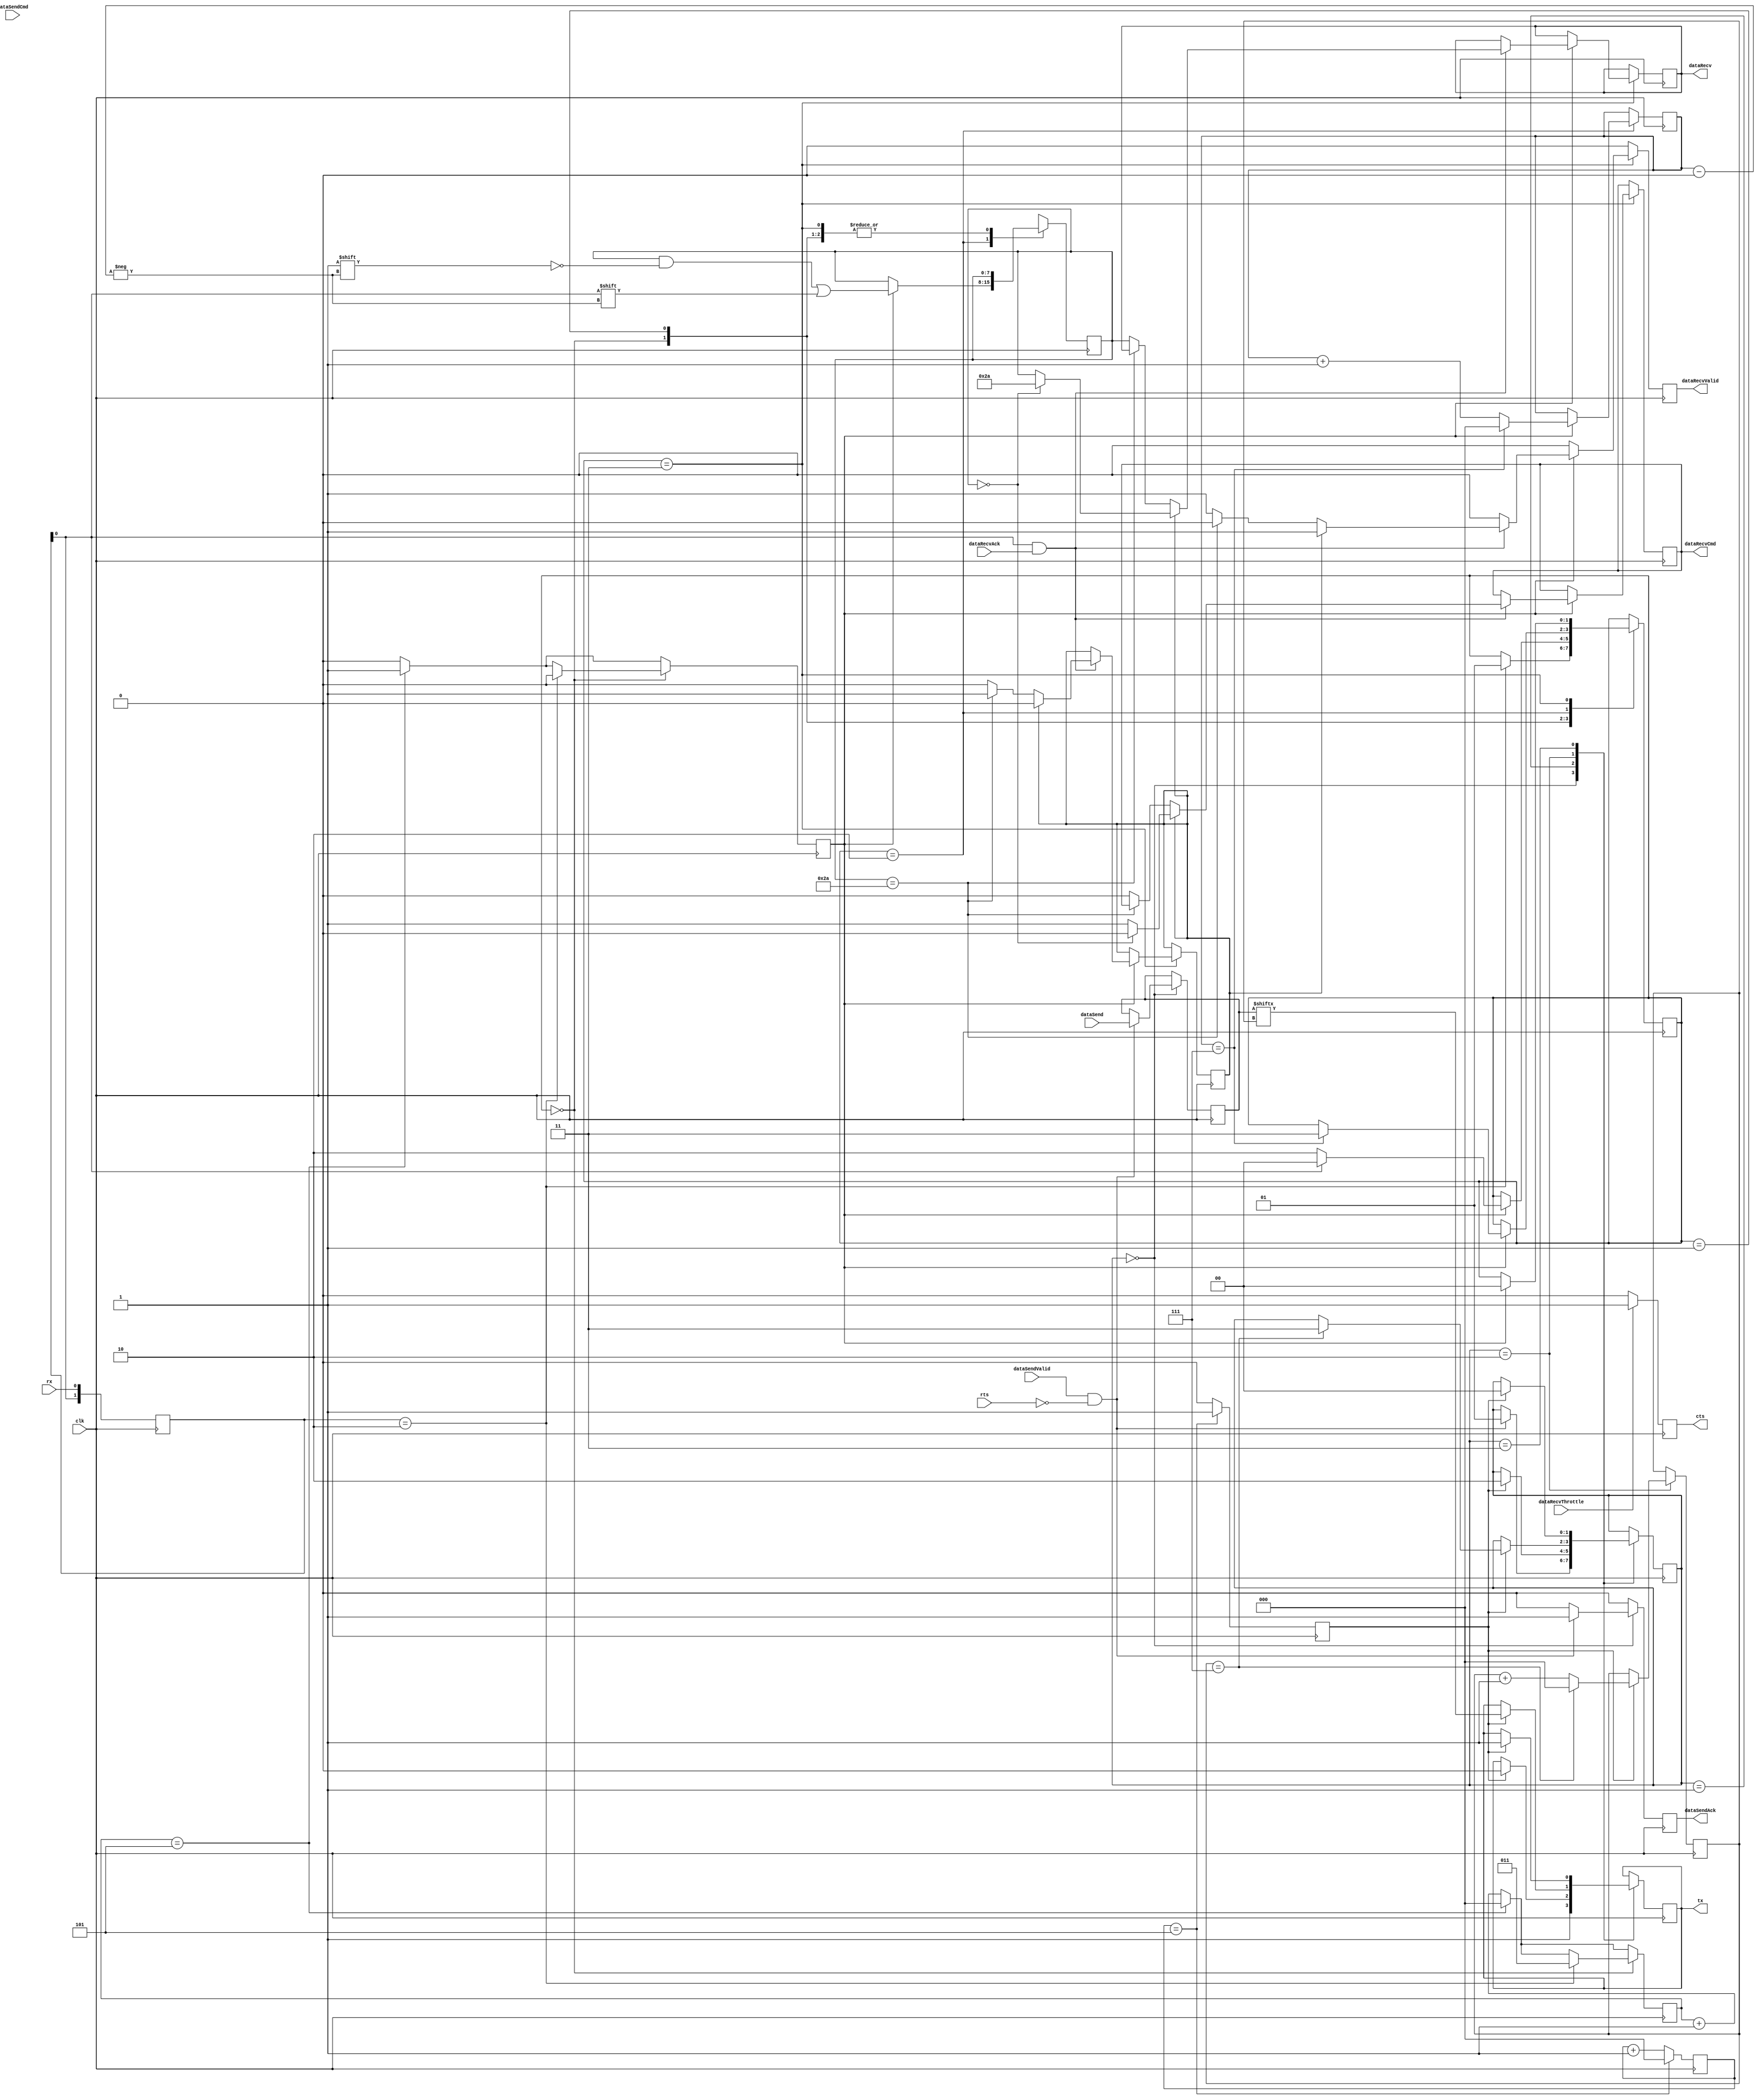
/*
	RealTimeLight
	Copyright (C) 2019  Christian Carlowitz <chca@cmesh.de>

	This program is free software: you can redistribute it and/or modify
	it under the terms of the GNU General Public License as published by
	the Free Software Foundation, either version 3 of the License, or
	(at your option) any later version.

	This program is distributed in the hope that it will be useful,
	but WITHOUT ANY WARRANTY; without even the implied warranty of
	MERCHANTABILITY or FITNESS FOR A PARTICULAR PURPOSE.  See the
	GNU General Public License for more details.

	You should have received a copy of the GNU General Public License
	along with this program.  If not, see <http://www.gnu.org/licenses/>.
*/

module Uart #(
	parameter div = 12 // 2 MBaud @ 12 MHz; CHECK: rxDiv/txDiv width!!!
)(
	input clk,
	
	input rx,
	output reg cts = 0,
	
	output reg tx = 1,
	input rts,
	
	input [7:0] dataSend,
	input dataSendCmd,
	input dataSendValid,
	output reg dataSendAck = 1,
	
	output reg [7:0] dataRecv = 0,
	output reg dataRecvCmd = 0,
	output reg dataRecvValid = 0,
	input dataRecvAck,
	input dataRecvThrottle
);

	localparam S_Idle = 0;
	localparam S_Start = 1;
	localparam S_Data = 2;
	localparam S_Stop = 3;
	
	//*** receiver ***
	
	reg [1:0] rxBuf = 2'b11;
	reg [7:0] rxData = 0;
	reg [2:0] rxBitCnt = 0;
	reg [2:0] rxDiv = 0;
	reg [1:0] rxState = S_Idle;
	reg rxNext = 0;
	reg rxCmd = 0;
	
	reg dataRecvAckLast = 0;
	
	always @(posedge clk)
	begin
		// clear signals
		dataRecvValid <= 0;
		
		// sample input signal
		rxBuf <= {rxBuf[0],rx};
		
		// clock divider
		if(rxDiv == (div/2-1)) begin
			rxDiv <= 0;
			rxNext <= 1;
		end else begin
			rxDiv <= rxDiv + 1;
			rxNext <= 0;
		end
		
		if(dataRecvThrottle) begin
			cts <= 1;
		end else begin
			cts <= 0;
		end

		// state machine
		dataRecvAckLast <= dataRecvAck;
		case(rxState)
			S_Idle: begin
				//if(rxNext && dataRecvAckLast) begin
				//	cts <= 0;
				//end
				if(rxBuf == 2'b10) begin
					rxDiv <= div/4;
					rxNext <= 0;
					rxState <= S_Start;
				end
			end
			
			S_Start: begin
				if(rxNext) begin
					rxState <= rxBuf[0] ? S_Idle : S_Data;
				end
			end
			
			S_Data: begin
				if(rxNext) begin
					rxData[rxBitCnt] <= rxBuf[0];
					if(rxBitCnt == 7) begin
						rxBitCnt <= 0;
						rxState <= S_Stop;
					end else begin
						rxBitCnt <= rxBitCnt + 1;
					end
				end
			end
			
			S_Stop: begin
				if(rxNext) begin
					if((rxBuf[0] == 1) && dataRecvAck) begin
						if(rxCmd) begin
							if(rxData == 8'h00) begin
								dataRecv <= 8'h2a;
								dataRecvValid <= 1;
								dataRecvCmd <= 0;
							end else begin
								dataRecv <= rxData;
								dataRecvValid <= 1;
								dataRecvCmd <= 1;
							end
							rxCmd <= 0;
						end else begin
							if(rxData == 8'h2a) begin
								rxCmd <= 1;
							end else begin
								dataRecv <= rxData;
								dataRecvValid <= 1;
								dataRecvCmd <= 0;
							end					
						end
						//cts <= 1;
					end
					rxState <= S_Idle;
				end
			end
		endcase
	end
	
	//*** transmitter ***
	
	reg [7:0] txData = 0;
	reg [2:0] txBitCnt = 0;
	reg [2:0] txDiv = 0;
	reg [1:0] txState = S_Idle;
	reg txNext = 0;
	
	always @(posedge clk)
	begin
		// clear signals
		dataSendAck <= 0;
		
		// clock divider
		if(txDiv == (div/2-1)) begin
			txDiv <= 0;
			txNext <= 1;
		end else begin
			txDiv <= txDiv + 1;
			txNext <= 0;
		end
		
		// state machine
		case(txState)
			S_Idle: begin
				tx <= 1;
				if(dataSendValid && !rts) begin
					txState <= S_Start;
					txData <= dataSend;
					dataSendAck <= 1;
				end
			end
			
			S_Start: begin
				if(txNext) begin
					tx <= 0;
					txState <= S_Data;
				end
			end
			
			S_Data: begin
				if(txNext) begin
					tx <= txData[txBitCnt];
					if(txBitCnt == 7) begin
						txBitCnt <= 0;
						txState <= S_Stop;
					end else begin
						txBitCnt <= txBitCnt + 1;
					end
				end
			end
			
			S_Stop: begin
				if(txNext) begin
					tx <= 1;
					txState <= S_Idle;
				end
			end
			
		endcase
	end

endmodule